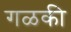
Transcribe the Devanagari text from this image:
गळकी